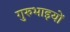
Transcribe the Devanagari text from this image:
गुरुभाइयों